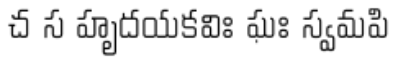
చ స హృదయకవిః ఘః స్వమపి